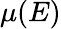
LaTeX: \mu(E)